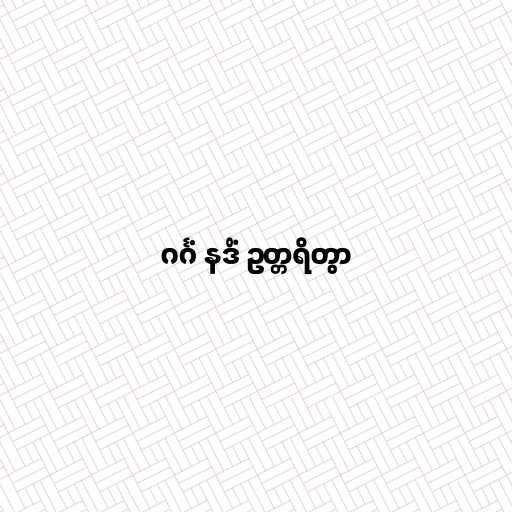
ဂင်္ဂံ နဒိံ ဥတ္တရိတွာ